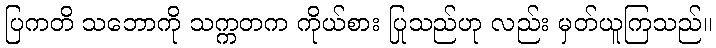
ပြကတိ သဘောကို သက္ကတက ကိုယ်စား ပြုသည်ဟု လည်း မှတ်ယူကြသည်။